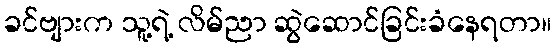
ခင်ဗျားက သူ့ရဲ့ လိမ်ညာ ဆွဲဆောင်ခြင်းခံနေရတာ။